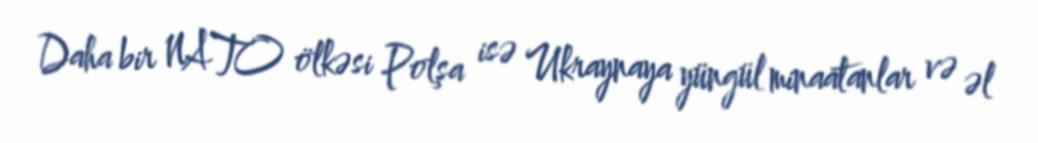
Daha bir NATO ölkəsi Polşa isə Ukraynaya yüngül minaatanlar və əl